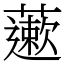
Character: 藗